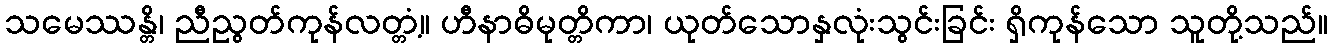
သမေဿန္တိ၊ ညီညွတ်ကုန်လတ္တံ့။ ဟီနာဓိမုတ္တိကာ၊ ယုတ်သောနှလုံးသွင်းခြင်း ရှိကုန်သော သူတို့သည်။